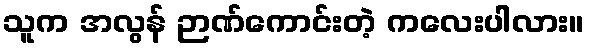
သူက အလွန် ဉာဏ်ကောင်းတဲ့ ကလေးပါလား။